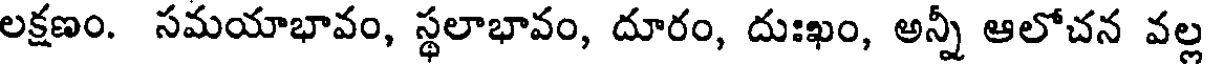
లక్షణం. సమయాభావం, స్థలాభావం, దూరం, దుఃఖం, అన్నీ ఆలోచన వల్ల